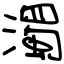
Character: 濁